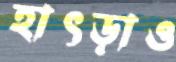
হাৎড়াও